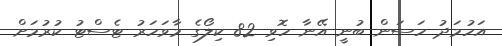
އަހުމަދު ހަސަން ބުނީ އޭނާ ހޮވި 82 ކިލޯގެ މާވަހަރު ޓެސްޓު ކުރުމަށް